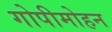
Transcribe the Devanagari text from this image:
गोपीमोहन